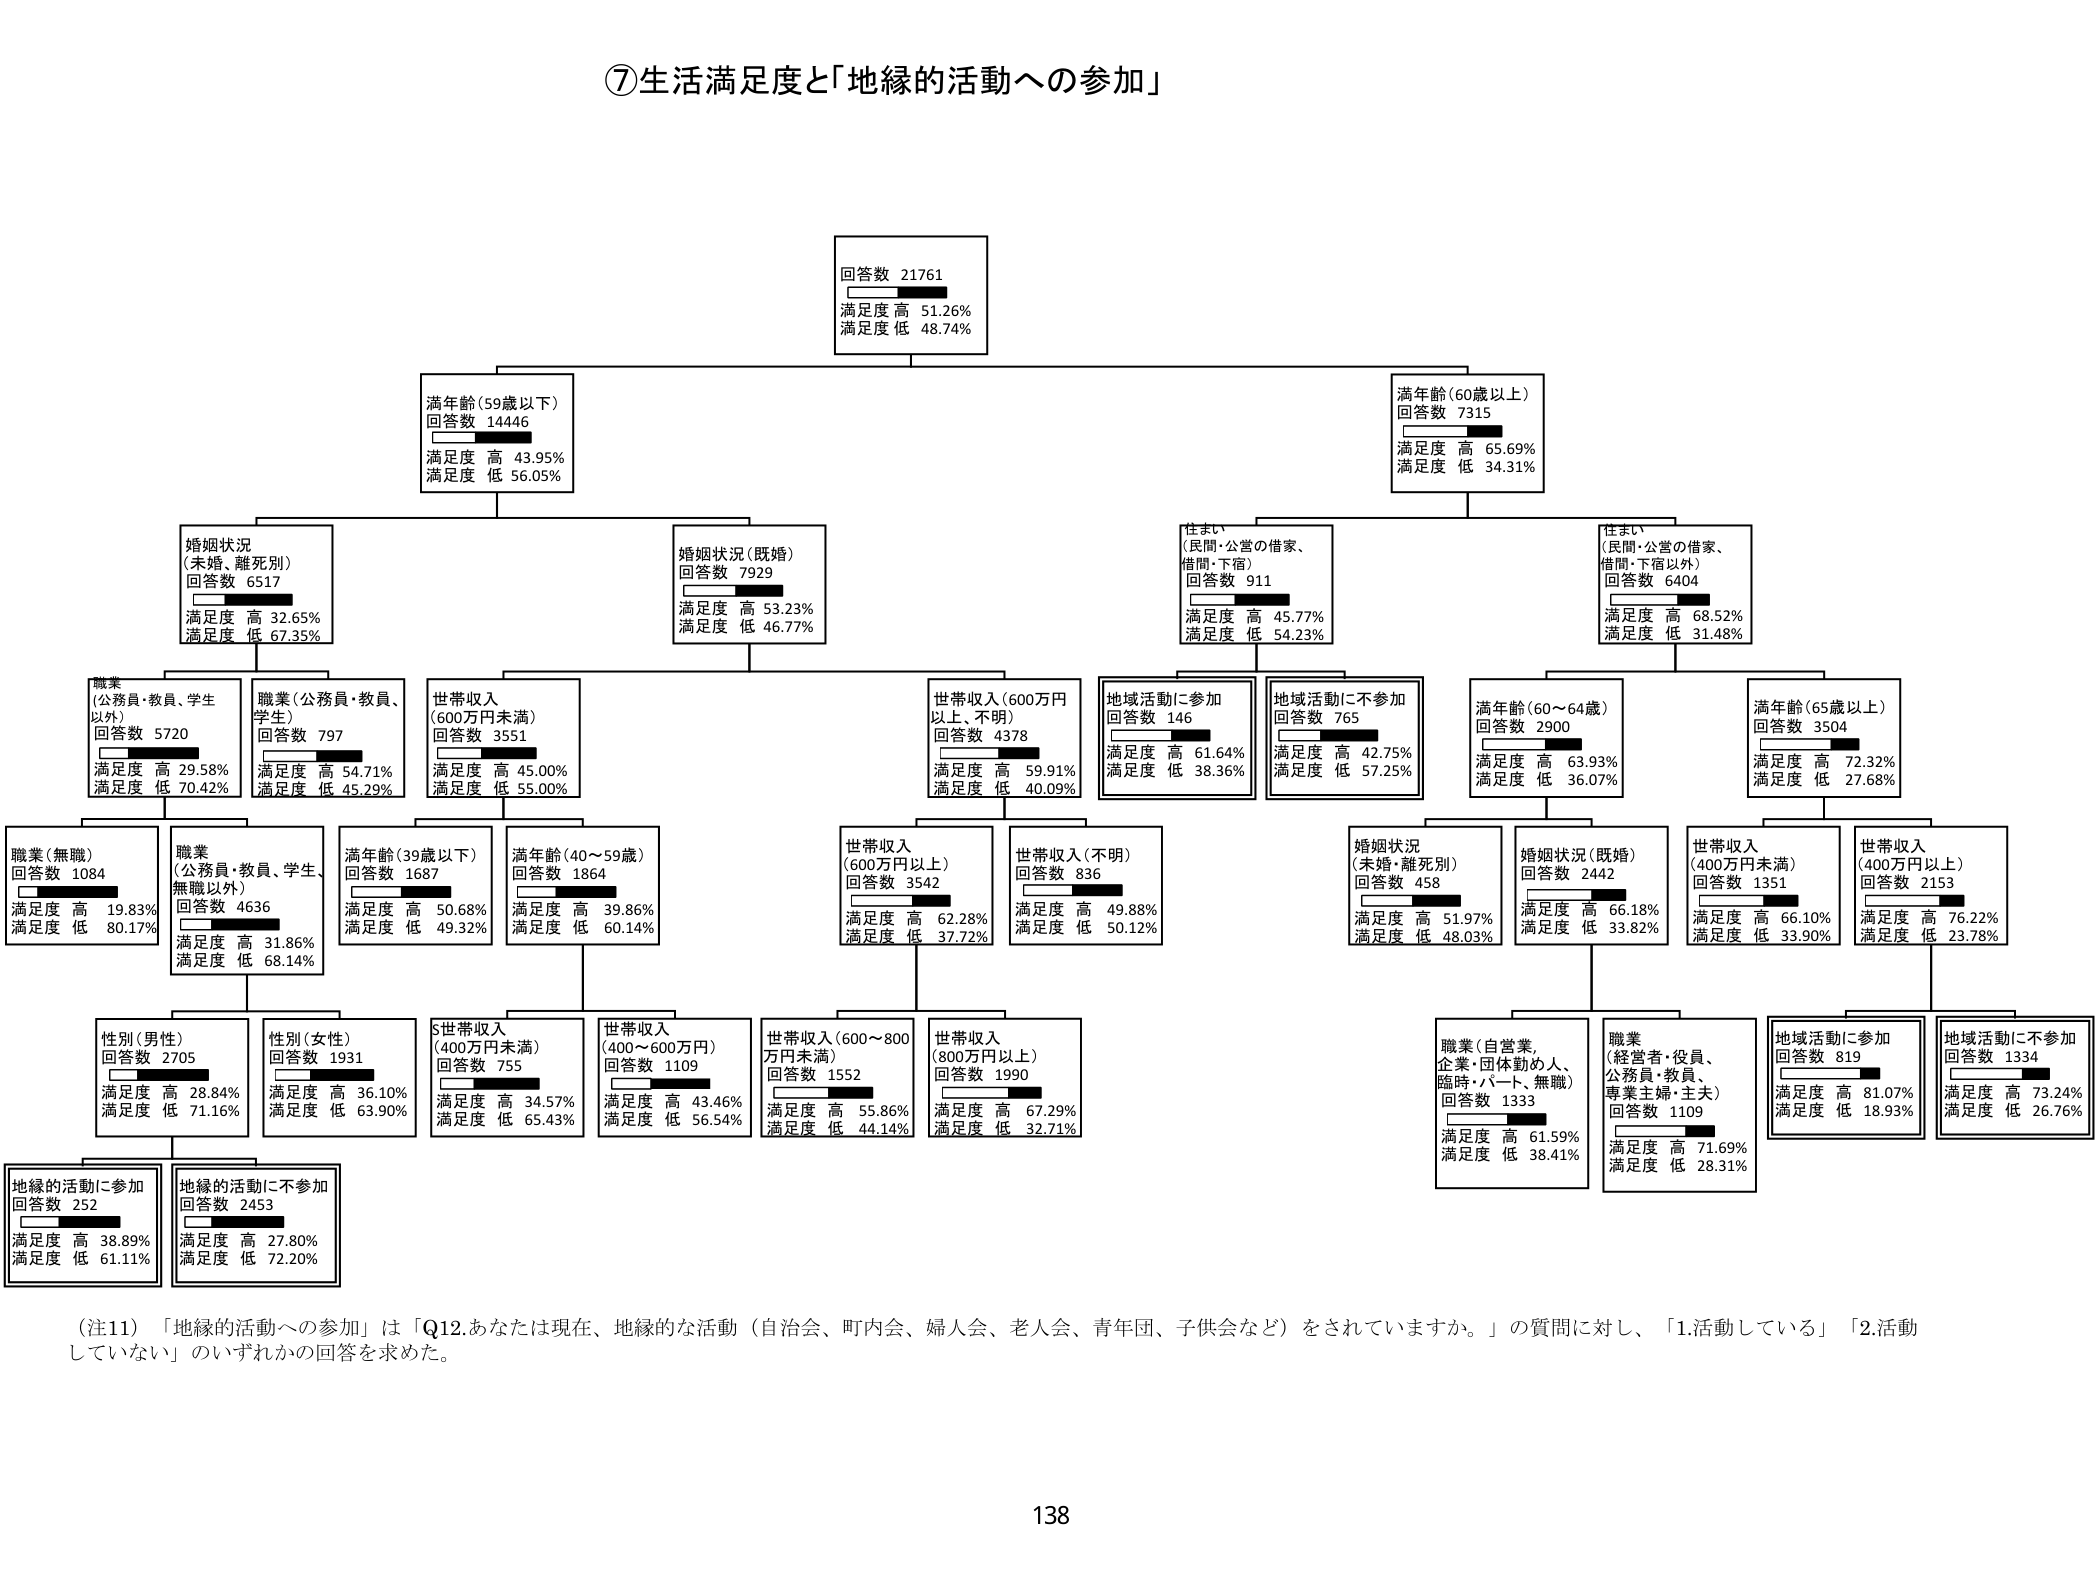
⑦生活満足度と「地縁的活動への参加」

回答数 21761
満足度 高 51.26%
満足度 低 48.74%

満年齢（59歳以下）
回答数 14446
満足度 高 43.95%
満足度 低 56.05%

満年齢（60歳以上）
回答数 7315
満足度 高 65.69%
満足度 低 34.31%

婚姻状況
（未婚、離死別）
回答数 6517
満足度 高 32.65%
満足度 低 67.35%

婚姻状況（既婚）
回答数 7929
満足度 高 53.23%
満足度 低 46.77%

住まい
（民間・公営の借家、
借間・下宿）
回答数 911
満足度 高 45.77%
満足度 低 54.23%

住まい
（民間・公営の借家、
借間・下宿以外）
回答数 6404
満足度 高 68.52%
満足度 低 31.48%

職業
（公務員・教員・学生
以外）
回答数 5720
満足度 高 29.58%
満足度 低 70.42%

職業（公務員・教員、
学生）
回答数 797
満足度 高 54.71%
満足度 低 45.29%

世帯収入
（600万円未満）
回答数 3551
満足度 高 45.00%
満足度 低 55.00%

世帯収入（600万円
以上、不明）
回答数 4378
満足度 高 59.91%
満足度 低 40.09%

地域活動に参加
回答数 146
満足度 高 61.64%
満足度 低 38.36%

地域活動に不参加
回答数 765
満足度 高 42.75%
満足度 低 57.25%

満年齢（60～64歳）
回答数 2900
満足度 高 63.93%
満足度 低 36.07%

満年齢（65歳以上）
回答数 3504
満足度 高 72.32%
満足度 低 27.68%

職業（無職）
回答数 1084
満足度 高 19.83%
満足度 低 80.17%

職業
（公務員・教員、学生、
無職以外）
回答数 4636
満足度 高 31.86%
満足度 低 68.14%

満年齢（39歳以下）
回答数 1687
満足度 高 50.68%
満足度 低 49.32%

満年齢（40～59歳）
回答数 1864
満足度 高 39.86%
満足度 低 60.14%

世帯収入
（600万円以上）
回答数 3542
満足度 高 62.28%
満足度 低 37.72%

世帯収入（不明）
回答数 836
満足度 高 49.88%
満足度 低 50.12%

婚姻状況
（未婚・離死別）
回答数 458
満足度 高 51.97%
満足度 低 48.03%

婚姻状況（既婚）
回答数 2442
満足度 高 66.18%
満足度 低 33.82%

世帯収入
（400万円未満）
回答数 1351
満足度 高 66.10%
満足度 低 33.90%

世帯収入
（400万円以上）
回答数 2153
満足度 高 76.22%
満足度 低 23.78%

性別（男性）
回答数 2705
満足度 高 28.84%
満足度 低 71.16%

性別（女性）
回答数 1931
満足度 高 36.10%
満足度 低 63.90%

世帯収入
（400万円未満）
回答数 755
満足度 高 34.57%
満足度 低 65.43%

世帯収入
（400～600万円）
回答数 1109
満足度 高 43.46%
満足度 低 56.54%

世帯収入（600～800
万円未満）
回答数 1552
満足度 高 55.86%
満足度 低 44.14%

世帯収入
（800万円以上）
回答数 1990
満足度 高 67.29%
満足度 低 32.71%

職業（自営業、
企業・団体勤めの人、
臨時・パート、無職）
回答数 1333
満足度 高 61.59%
満足度 低 38.41%

職業
（経営者・役員、
公務員・教員、
専業主婦・主夫）
回答数 1109
満足度 高 71.69%
満足度 低 28.31%

地域活動に参加
回答数 819
満足度 高 81.07%
満足度 低 18.93%

地域活動に不参加
回答数 1334
満足度 高 73.24%
満足度 低 26.76%

地縁的活動に参加
回答数 252
満足度 高 38.89%
満足度 低 61.11%

地縁的活動に不参加
回答数 2453
満足度 高 27.80%
満足度 低 72.20%

（注11）「地縁的活動への参加」は「Q12.あなたは現在、地縁的な活動（自治会、町内会、婦人会、老人会、青年団、子供会など）をされていますか。」の質問に対し、「1.活動している」「2.活動していない」のいずれかの回答を求めた。

138